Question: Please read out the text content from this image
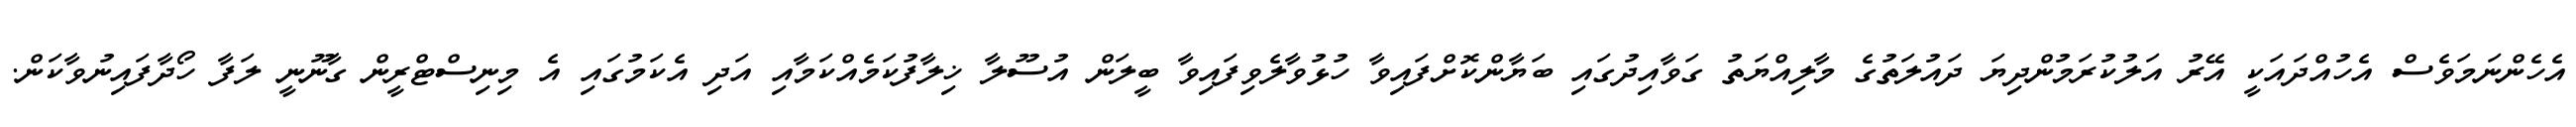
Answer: އެހެންނަމަވެސް އެހުއްދައަކީ އޭރު އަލުކުރަމުންދިޔަ ދައުލަތުގެ މާލިއްޔަތު ގަވާއިދުގައި ބަޔާންކޮށްފައިވާ ހުޅުވާލެވިފައިވާ ބީލަން އުސޫލާ ޚިލާފުކަމެއްކަމާއި އަދި އެކަމުގައި އެ މިނިސްޓްރީން ގާނޫނީ ލަފާ ހޯދާފައިނުވާކަން.